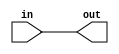
module f12_test(input in, output out);
assign out = in;
endmodule